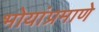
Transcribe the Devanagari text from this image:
भोयांप्रमाणे